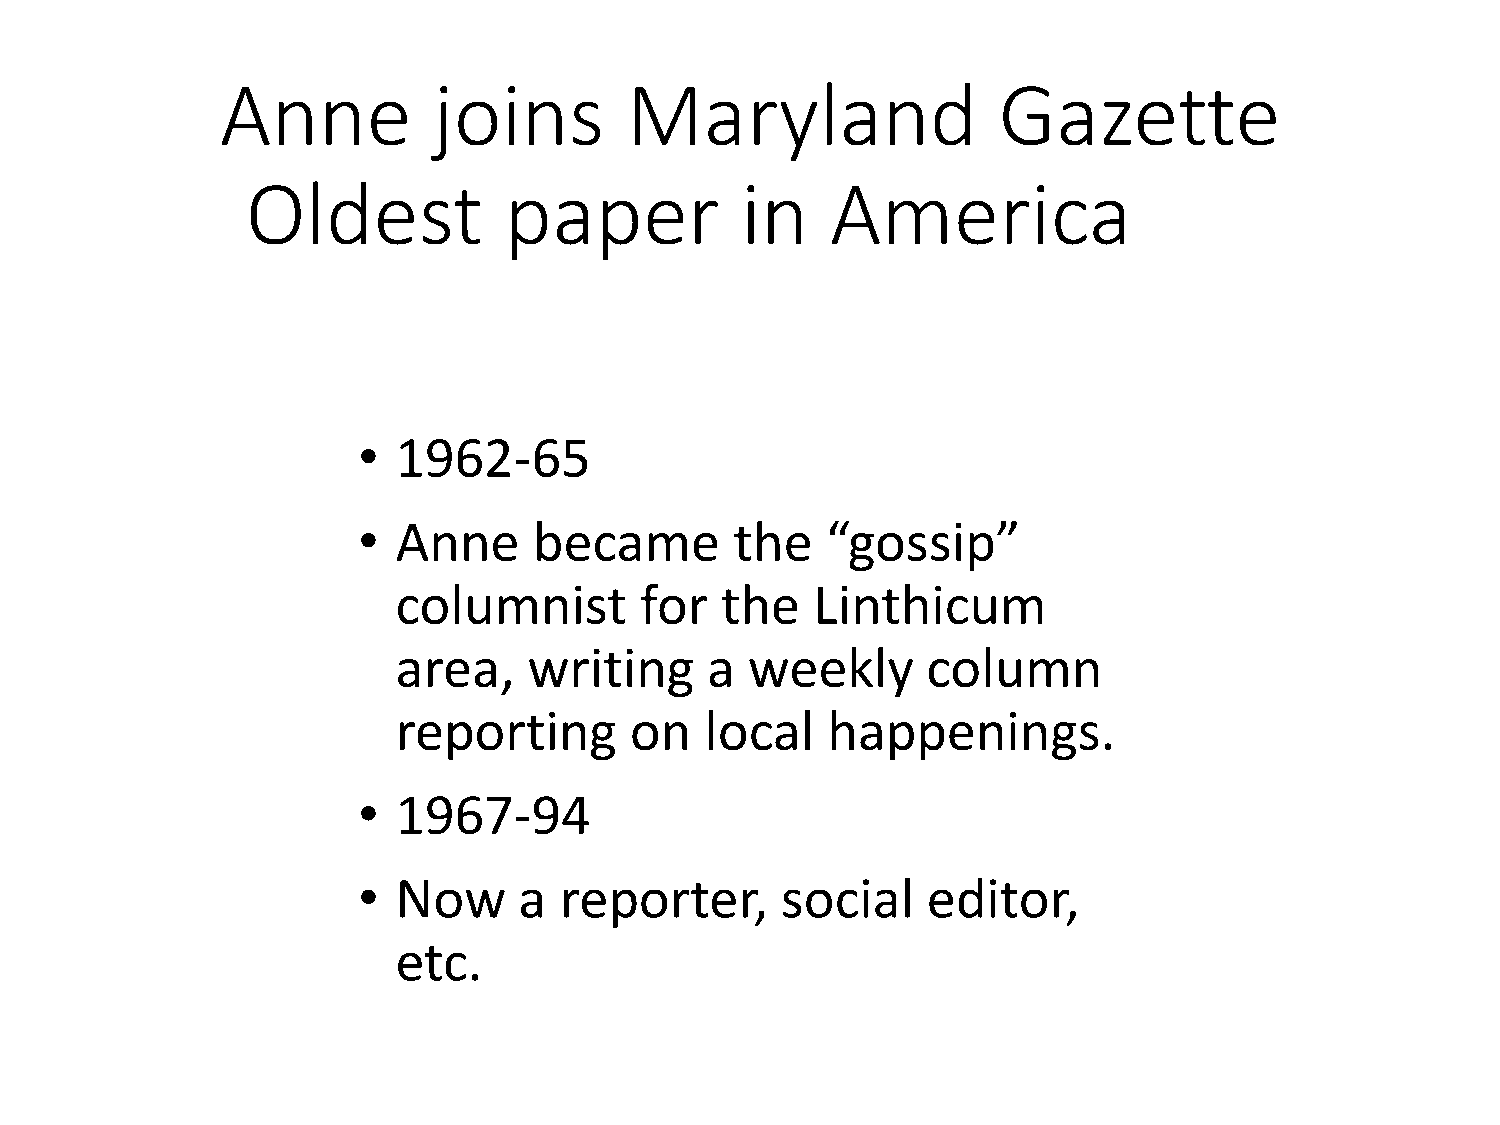
Anne          joins       Maryland                 Gazette
 Oldest           paper           in    America
 • 1962-65
 • Anne     became        the   “gossip”
 columnist       for   the   Linthicum
 area,    writing     a  weekly     column
 reporting       on   local   happenings.
 • 1967-94
 • Now     a  reporter,      social   editor,
 etc.